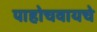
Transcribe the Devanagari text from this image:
पाहोचवायचे